Annual report of lunatic asylums [Bombay] - 1912-1922
Year: 1912
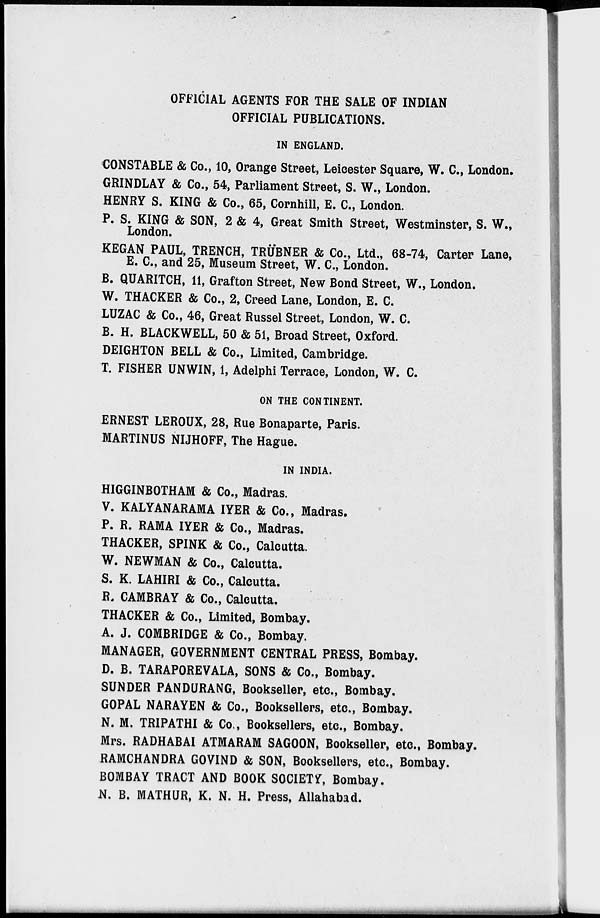
OFFICIAL AGENTS FOR THE SALE OF INDIAN
OFFICIAL PUBLICATIONS.
IN ENGLAND.
CONSTABLE & Co., 10, Orange Street, Leicester Square, W. C., London.
GRINDLAY & Co., 54, Parliament Street, S. W., London.
HENRY S. KING & Co., 65, Cornhill, E. C., London.
P. S. KING & SON, 2 & 4, Great Smith Street, Westminster, S. W.,
London.
KEGAN PAUL, TRENCH, TRÜBNER & Co., Ltd., 68-74, Carter Lane,
E. C, and 25, Museum Street, W. C., London.
B. QUARITCH, 11, Grafton Street, New Bond Street, W., London.
W. THACKER & Co., 2, Creed Lane, London, E. C.
LUZAC & Co., 46, Great Russel Street, London, W. C.
B. H. BLACKWELL, 50 & 51, Broad Street, Oxford.
DEIGHTON BELL & Co., Limited, Cambridge.
T. FISHER UNWIN, 1, Adelphi Terrace, London, W. C.
ON THE CONTINENT.
ERNEST LEROUX, 28, Rue Bonaparte, Paris.
MARTINUS NIJHOFF, The Hague.
IN INDIA.
HIGGINBOTHAM & Co., Madras.
V. KALYANARAMA IYER & Co., Madras.
P. R. RAMA IYER & Co., Madras.
THACKER, SPINK & Co., Calcutta.
W. NEWMAN & Co., Calcutta.
S. K. LAHIRI & Co., Calcutta.
R. CAMBRAY & Co., Calcutta.
THACKER & Co., Limited, Bombay.
A. J. COMBRIDGE & Co., Bombay.
MANAGER, GOVERNMENT CENTRAL PRESS, Bombay.
D. B. TARAPOREVALA, SONS & Co., Bombay.
SUNDER PANDURANG, Bookseller, etc., Bombay.
GOPAL NARAYEN & Co., Booksellers, etc., Bombay.
N. M. TRIPATHI & Co., Booksellers, etc., Bombay.
Mrs. RADHABAI ATMARAM SAGOON, Bookseller, etc., Bombay.
RAMCHANDRA GOVIND & SON, Booksellers, etc., Bombay.
BOMBAY TRACT AND BOOK SOCIETY, Bombay.
N. B. MATHUR, K. N. H. Press, Allahabad.